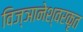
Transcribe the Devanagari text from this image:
विज्ञानेश्वरकृत